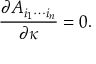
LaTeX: { \frac { \partial { \cal A } _ { i _ { 1 } \cdots i _ { n } } } { \partial \kappa } } = 0 .